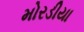
મોરડીયા